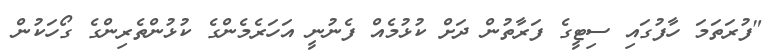
"ފުރަތަމަ ހާފުގައި ސިޓީގެ ފަރާތުން ދަށް ކުޅުމެއް ފެނުނީ އަހަރެމެންގެ ކުޅުންތެރިންގެ ގޯހަކުން